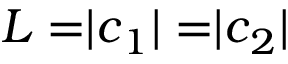
L = \rvert \boldsymbol c _ { 1 } \rvert = \rvert \boldsymbol c _ { 2 } \rvert